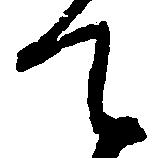
て